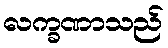
လက္ခဏာသည်